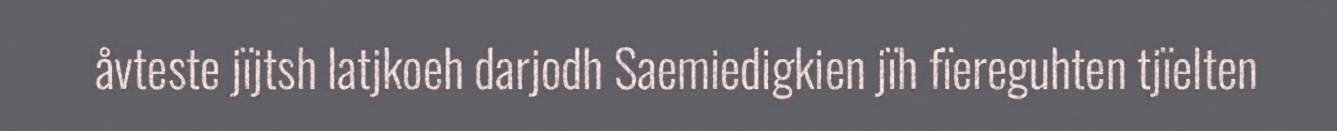
åvteste jïjtsh latjkoeh darjodh Saemiedigkien jïh fïereguhten tjïelten